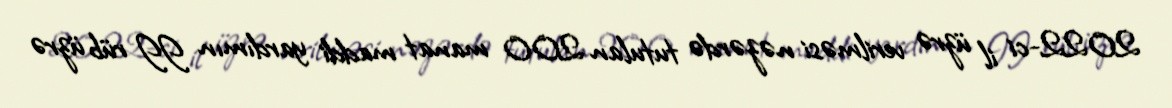
2022-ci il üzrə verilməsi nəzərdə tutulan 200 manat maddi yardımın II rüb üzrə